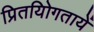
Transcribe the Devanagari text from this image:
प्रितयोिगतायें